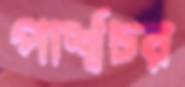
পার্শ্বচর